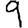
Digit: 9